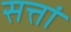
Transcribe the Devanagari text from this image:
सत्तां